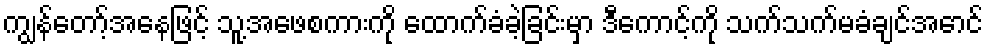
ကျွန်တော့်အနေဖြင့် သူ့အဖေစကားကို ထောက်ခံခဲ့ခြင်းမှာ ဒီကောင့်ကို သက်သက်မခံချင်အောင်